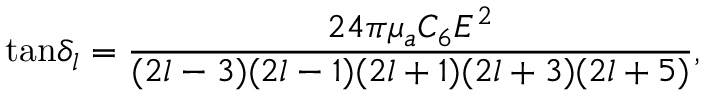
\mathrm { t a n } \delta _ { l } = \frac { 2 4 \pi \mu _ { a } C _ { 6 } E ^ { 2 } } { ( 2 l - 3 ) ( 2 l - 1 ) ( 2 l + 1 ) ( 2 l + 3 ) ( 2 l + 5 ) } ,